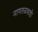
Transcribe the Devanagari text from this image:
नागतळवाडी